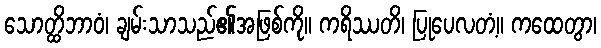
သောတ္ထိဘာဝံ၊ ချမ်းသာသည်၏အဖြစ်ကို။ ကရိဿတိ၊ ပြုပေလတံ့။ ကထေတွာ၊